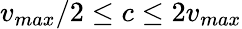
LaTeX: v_{max}/2\leq c\leq 2v_{max}